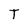
Character: T